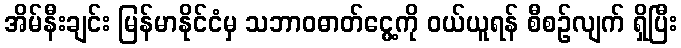
အိမ်နီးချင်း မြန်မာနိုင်ငံမှ သဘာဝဓာတ်ငွေ့ကို ဝယ်ယူရန် စီစဉ်လျက် ရှိပြီး